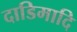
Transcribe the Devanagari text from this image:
दाडिमादि